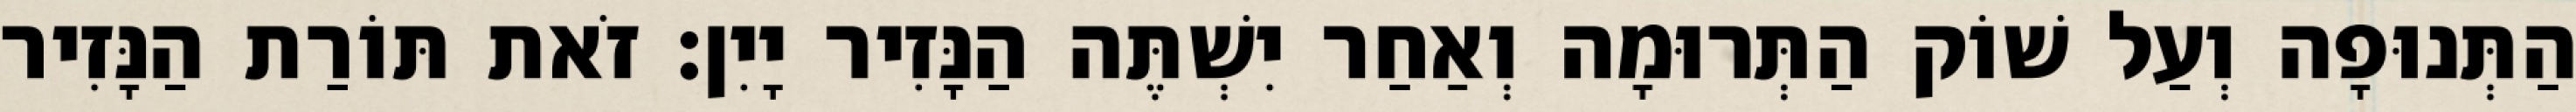
הַתְּנוּפָה וְעַל שׁוֹק הַתְּרוּמָה וְאַחַר יִשְׁתֶּה הַנָּזִיר יָיִן׃ זֹאת תּוֹרַת הַנָּזִיר